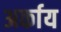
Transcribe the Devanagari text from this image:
अर्काय